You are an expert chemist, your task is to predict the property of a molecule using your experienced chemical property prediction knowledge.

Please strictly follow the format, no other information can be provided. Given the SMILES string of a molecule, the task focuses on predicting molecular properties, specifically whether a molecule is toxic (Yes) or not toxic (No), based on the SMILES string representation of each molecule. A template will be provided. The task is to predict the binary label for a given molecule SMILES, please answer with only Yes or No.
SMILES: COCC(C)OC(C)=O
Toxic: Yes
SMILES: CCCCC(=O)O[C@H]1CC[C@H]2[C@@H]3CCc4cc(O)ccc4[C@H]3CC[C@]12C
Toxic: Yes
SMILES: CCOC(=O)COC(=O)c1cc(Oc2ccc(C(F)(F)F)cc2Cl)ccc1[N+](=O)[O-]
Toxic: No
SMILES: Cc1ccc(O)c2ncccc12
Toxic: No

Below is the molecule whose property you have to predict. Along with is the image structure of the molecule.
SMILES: CCCc1cc(C(N)=S)ccn1
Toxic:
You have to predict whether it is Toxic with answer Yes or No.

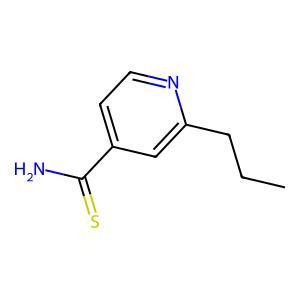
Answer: No